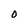
Character: 0